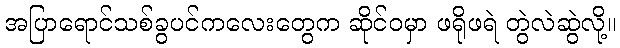
အပြာရောင်သစ်ခွပင်ကလေးတွေက ဆိုင်ဝမှာ ဖရိုဖရဲ တွဲလဲဆွဲလို့။